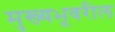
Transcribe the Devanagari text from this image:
मुख्यभूवरील